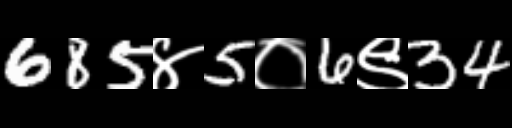
Text: 685४5०6९34